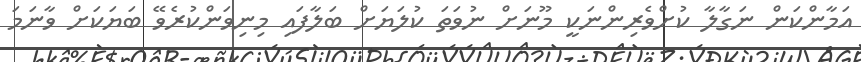
އަމާންކަން ނަގާލާ ކުށްވެރިންނަކީ މޫނަށް ނުވަތަ ކުލަޔަށް ބަލާފައި މިނިވަންކުރެވޭ ބަޔަކަށް ވާނަމަ